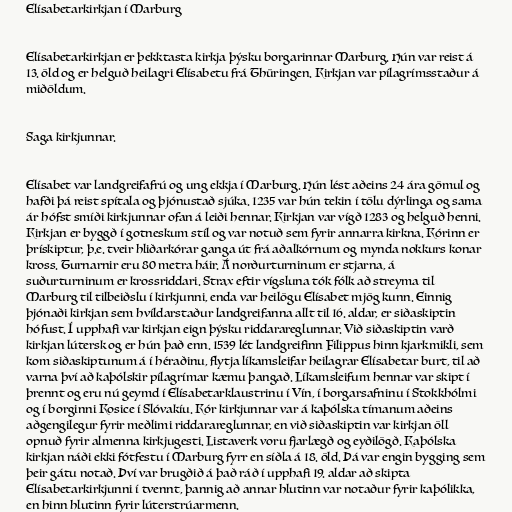
Elísabetarkirkjan í Marburg

Elísabetarkirkjan er þekktasta kirkja þýsku borgarinnar Marburg. Hún var reist á
13. öld og er helguð heilagri Elísabetu frá Thüringen. Kirkjan var pílagrímsstaður á
miðöldum.

Saga kirkjunnar.

Elísabet var landgreifafrú og ung ekkja í Marburg. Hún lést aðeins 24 ára gömul og
hafði þá reist spítala og þjónustað sjúka. 1235 var hún tekin í tölu dýrlinga og sama
ár hófst smíði kirkjunnar ofan á leiði hennar. Kirkjan var vígð 1283 og helguð henni.
Kirkjan er byggð í gotneskum stíl og var notuð sem fyrir annarra kirkna. Kórinn er
þrískiptur, þ.e. tveir hliðarkórar ganga út frá aðalkórnum og mynda nokkurs konar
kross. Turnarnir eru 80 metra háir. Á norðurturninum er stjarna, á
suðurturninum er krossriddari. Strax eftir vígsluna tók fólk að streyma til
Marburg til tilbeiðslu í kirkjunni, enda var heilögu Elísabet mjög kunn. Einnig
þjónaði kirkjan sem hvíldarstaður landgreifanna allt til 16. aldar, er siðaskiptin
hófust. Í upphafi var kirkjan eign þýsku riddarareglunnar. Við siðaskiptin varð
kirkjan lútersk og er hún það enn. 1539 lét landgreifinn Filippus hinn kjarkmikli, sem
kom siðaskiptunum á í héraðinu, flytja líkamsleifar heilagrar Elísabetar burt, til að
varna því að kaþólskir pílagrímar kæmu þangað. Líkamsleifum hennar var skipt í
þrennt og eru nú geymd í Elísabetarklaustrinu í Vín, í borgarsafninu í Stokkhólmi
og í borginni Kosice í Slóvakíu. Kór kirkjunnar var á kaþólska tímanum aðeins
aðgengilegur fyrir meðlimi riddarareglunnar, en við siðaskiptin var kirkjan öll
opnuð fyrir almenna kirkjugesti. Listaverk voru fjarlægð og eyðilögð. Kaþólska
kirkjan náði ekki fótfestu í Marburg fyrr en síðla á 18. öld. Þá var engin bygging sem
þeir gátu notað. Því var brugðið á það ráð í upphafi 19. aldar að skipta
Elísabetarkirkjunni í tvennt, þannig að annar hlutinn var notaður fyrir kaþólikka,
en hinn hlutinn fyrir lúterstrúarmenn.